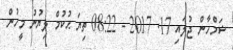
ޝަމްހާން ޖުލައި 17